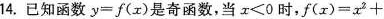
14.已知函数$$y = f ( x )$$是奇函数，当$$x < 0$$时，$$f ( x ) = x ^ { 2 } +